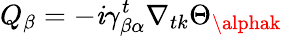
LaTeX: Q_{\beta}=-\mathit{i}\gamma_{\beta\alpha}^{t}\nabla_{tk}\Theta_{\alphak}